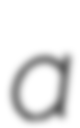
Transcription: a